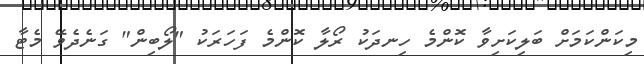
މިކަންކަމަށް ބަލިކަށިވާ ކޮންމެ ހިނދަކު ރޯލާ ކޮންމެ ފަހަރަކު "ލޯބިން" ގަނެދެވޭ މެޓާ